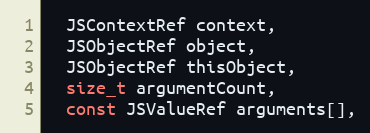
Language: C++
  JSContextRef context,
  JSObjectRef object,
  JSObjectRef thisObject,
  size_t argumentCount,
  const JSValueRef arguments[],